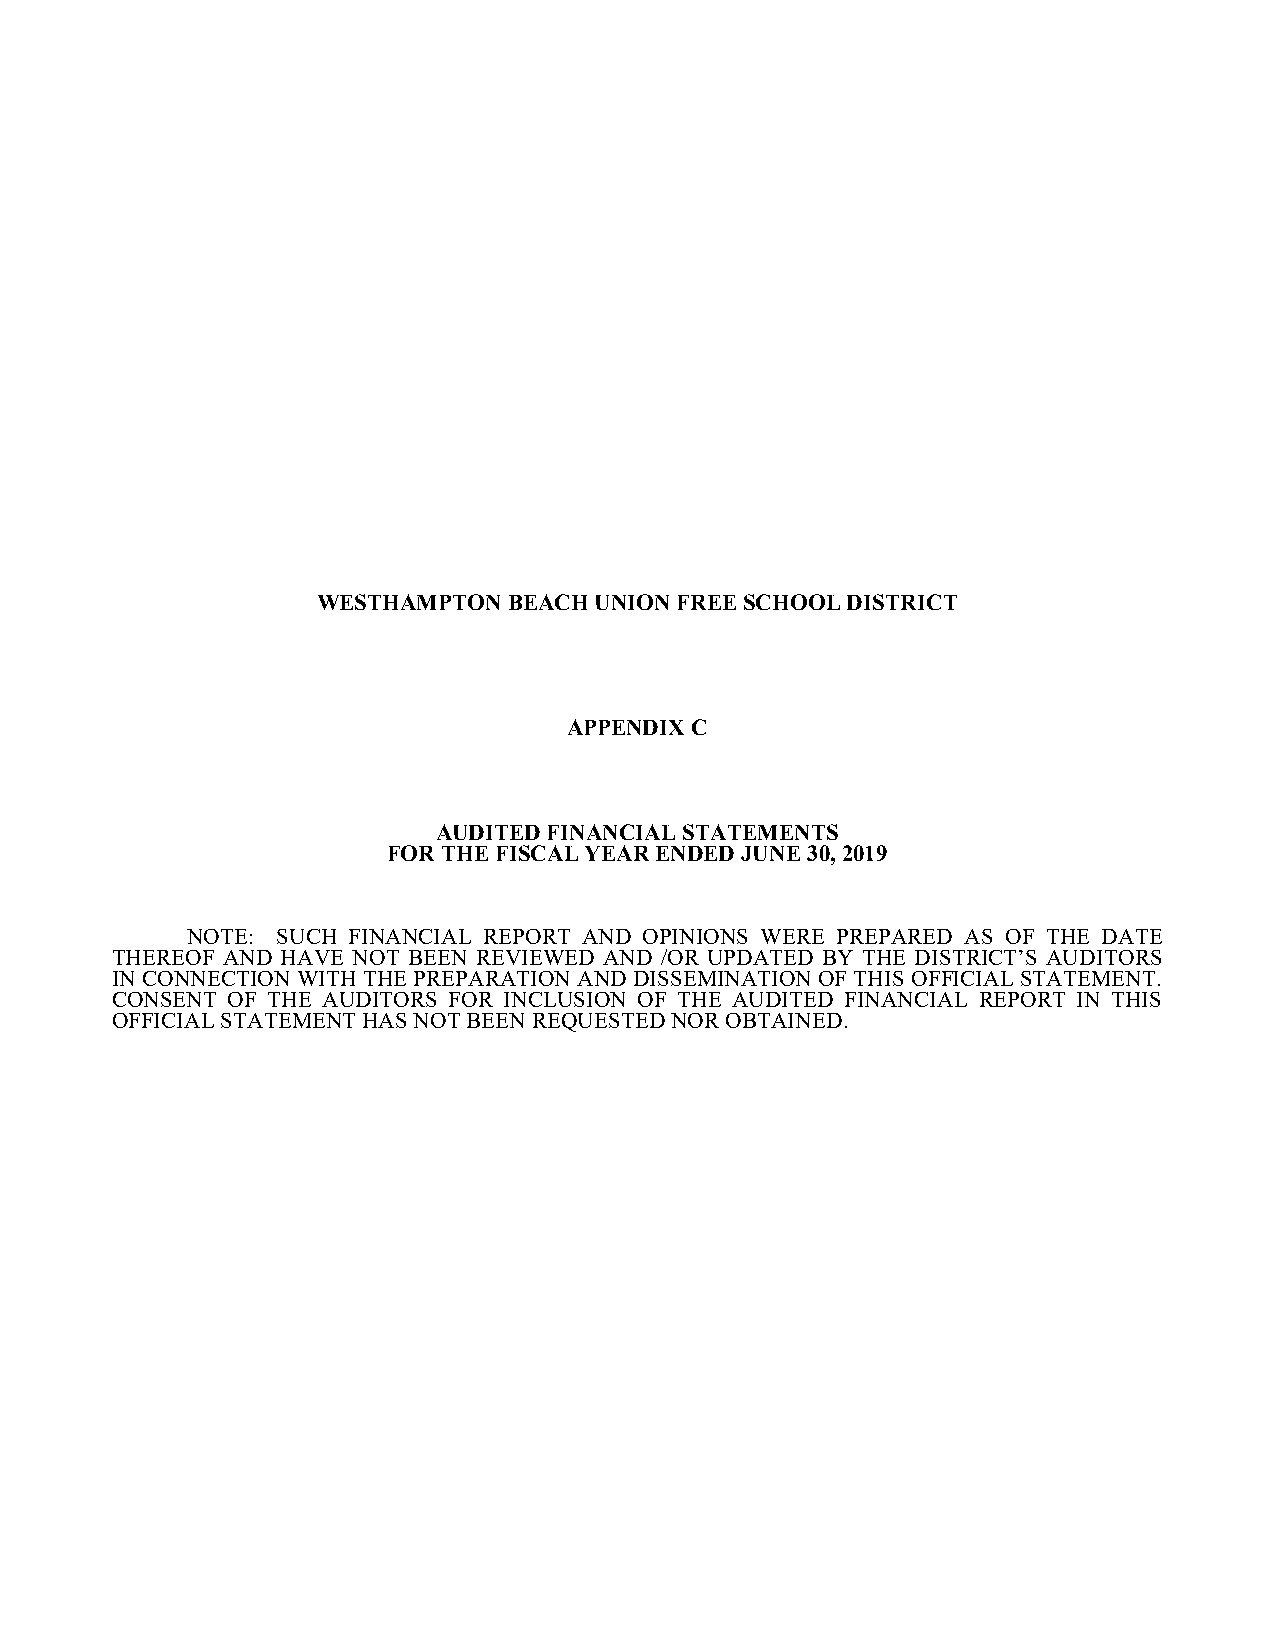
WESTHAMPTON  BEACH UNION FREE SCHOOL DISTRICT
 APPENDIX C
 AUDITED FINANCIAL STATEMENTS
 FOR THE FISCAL YEAR ENDED JUNE 30, 2019
 NOTE: SUCH FINANCIAL REPORT AND OPINIONS WERE PREPARED AS OF THE DATE
 THEREOF AND HAVE NOT BEEN REVIEWED AND /OR UPDATED BY THE DISTRICT’S AUDITORS
 IN CONNECTION WITH THE PREPARATION AND DISSEMINATION OF THIS OFFICIAL STATEMENT.
 CONSENT OF THE AUDITORS FOR INCLUSION OF THE AUDITED FINANCIAL REPORT IN THIS
 OFFICIAL STATEMENT HAS NOT BEEN REQUESTED NOR OBTAINED.